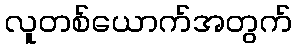
လူတစ်ယောက်အတွက်